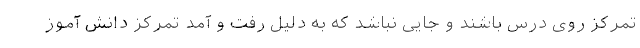
تمرکز روی درس باشند و جایی نباشد که به دلیل رفت و آمد تمرکز دانش آموز